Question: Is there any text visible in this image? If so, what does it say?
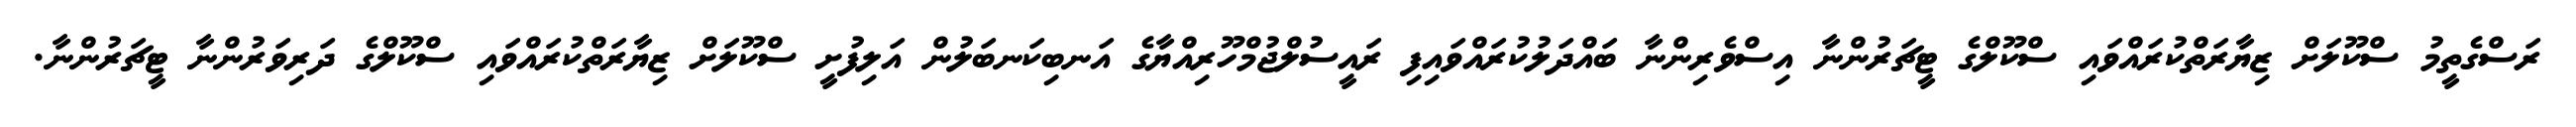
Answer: ރަސްގެތީމު ސްކޫލަށް ޒިޔާރަތްކުރައްވައި ސްކޫލްގެ ޓީޗަރުންނާ އިސްވެރިންނާ ބައްދަލުކުރައްވައިފި ރައީސުލްޖުމްހޫރިއްޔާގެ އަނބިކަނބަލުން އަލިފުށީ ސްކޫލަށް ޒިޔާރަތްކުރައްވައި ސްކޫލްގެ ދަރިވަރުންނާ ޓީޗަރުންނާ.